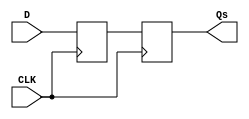
module master_slave_ff_synchronizer (
    input wire D,         // Input Data Signal
    input wire CLK,       // Clock Signal
    output reg Qs        // Synchronized Output Signal
);

// Internal signal for master output
reg Qm;

// Master Flip-Flop: Captures D on the rising edge of CLK
always @(posedge CLK) begin
    Qm <= D;            // Capture the input signal D on the rising edge
end

// Slave Flip-Flop: Captures Qm on the falling edge of CLK
always @(negedge CLK) begin
    Qs <= Qm;          // Transfer master output to slave output on the falling edge
end

endmodule